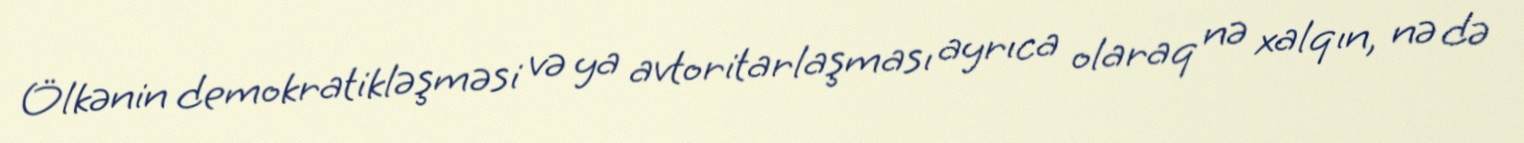
Ölkənin demokratikləşməsi və ya avtoritarlaşması ayrıca olaraq nə xalqın, nə də